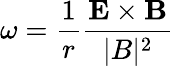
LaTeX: \omega=\frac{1}{r}\frac{\mathbf{E}\times\mathbf{B}}{|B|^{2}}